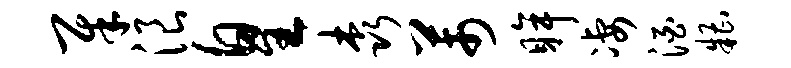
犀浪皇森芾眸凄酒糟